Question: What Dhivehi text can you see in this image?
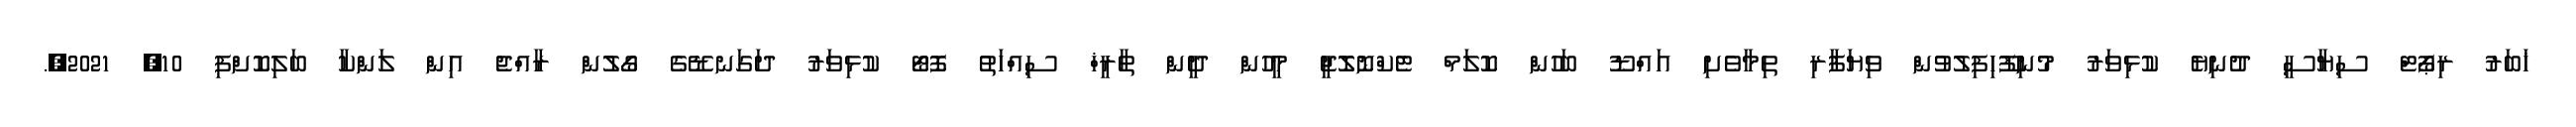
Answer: ޚަބަރު ރިޕޯޓް ސިޔާސީ ދުނިޔެ ކުޅިވަރު މުނިފޫހިފިލުވުން ވިޔަފާރި ތިމާވެށި އައްޑޫ ބަހުން ކޮލަމް ޓެކްނޮލޮޖީ މީހުން ދީން ތާރީޚް ސިއްހަތު ފޮޓޯ ކުޅިވަރު ދަގަނޑޭގެ ގޯލުން ރާއްޖެ އިން ލަންކާ ބަލިކޮށްފި 10, 2021,.